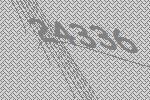
24336